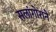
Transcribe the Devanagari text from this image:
सलांगोराने